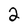
Character: 2